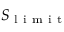
\boldsymbol { S } _ { \mathrm { ~ l ~ i ~ m ~ i ~ t ~ } }